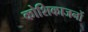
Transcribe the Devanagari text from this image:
कोशिकाजनों